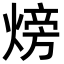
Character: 𪹚